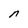
Character: n